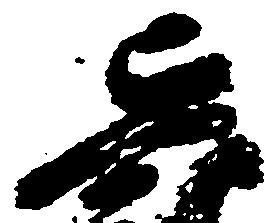
貞